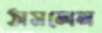
ঠাসলেন